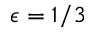
\epsilon = 1 / 3